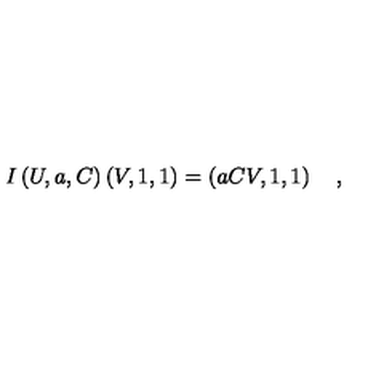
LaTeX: I \left( U , a , C \right) \left( V , 1 , 1 \right) = \left( a C V , 1 , 1 \right) \quad ,